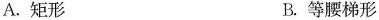
A.矩形 B.等腰梯形